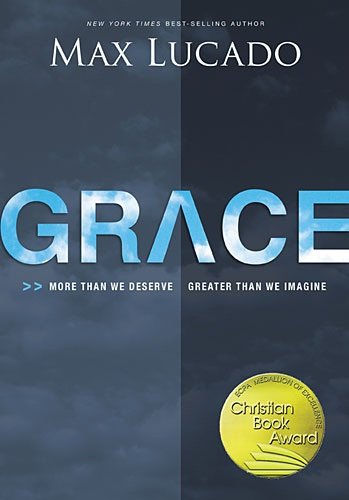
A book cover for Grace: More Than We Deserve, Greater Than We Imagine; Max Lucado; Self-Help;